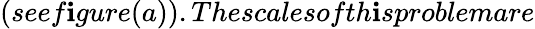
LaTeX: (seef\mathbf{i}gure(a)).Thescalesofth\mathbf{i}sproblemare